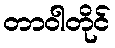
တာဝါတိုင်